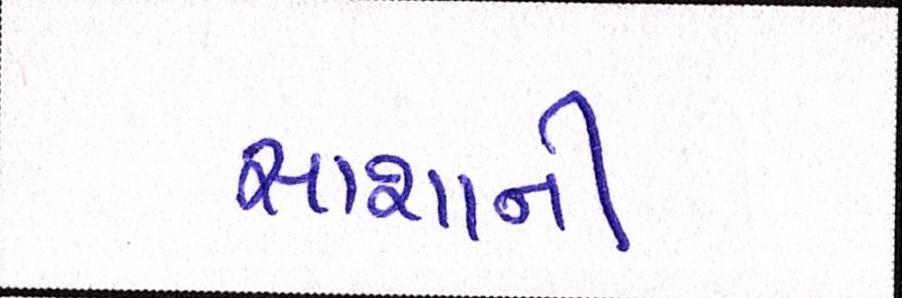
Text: સાશાની